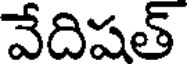
వేదిషత్